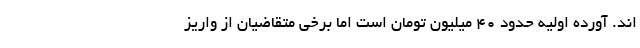
اند. آورده اولیه حدود ۴۰ میلیون تومان است اما برخی متقاضیان از واریز